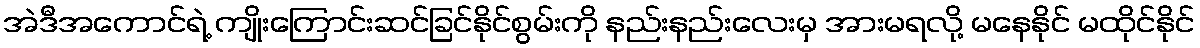
အဲဒီအကောင်ရဲ့ ကျိုးကြောင်းဆင်ခြင်နိုင်စွမ်းကို နည်းနည်းလေးမှ အားမရလို့ မနေနိုင် မထိုင်နိုင်